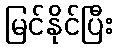
မြင်နိုင်ပြီး